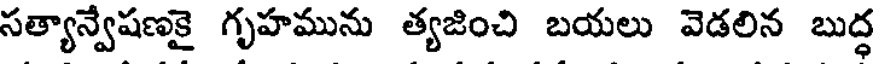
సత్యాన్వేషణకై గృహమును త్యజించి బయలు వెడలిన బుద్ధ